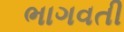
ભાગવતી